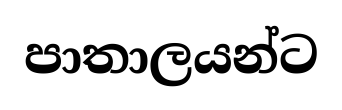
පාතාලයන්ට